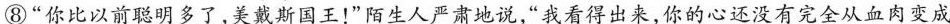
⑧”你比以前聪明多了，美戴斯国王！”陌生人严肃地说，”我看得出来，你的心还没有完全从血肉变成